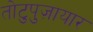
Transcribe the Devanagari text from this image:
तोटुपुज़ायार